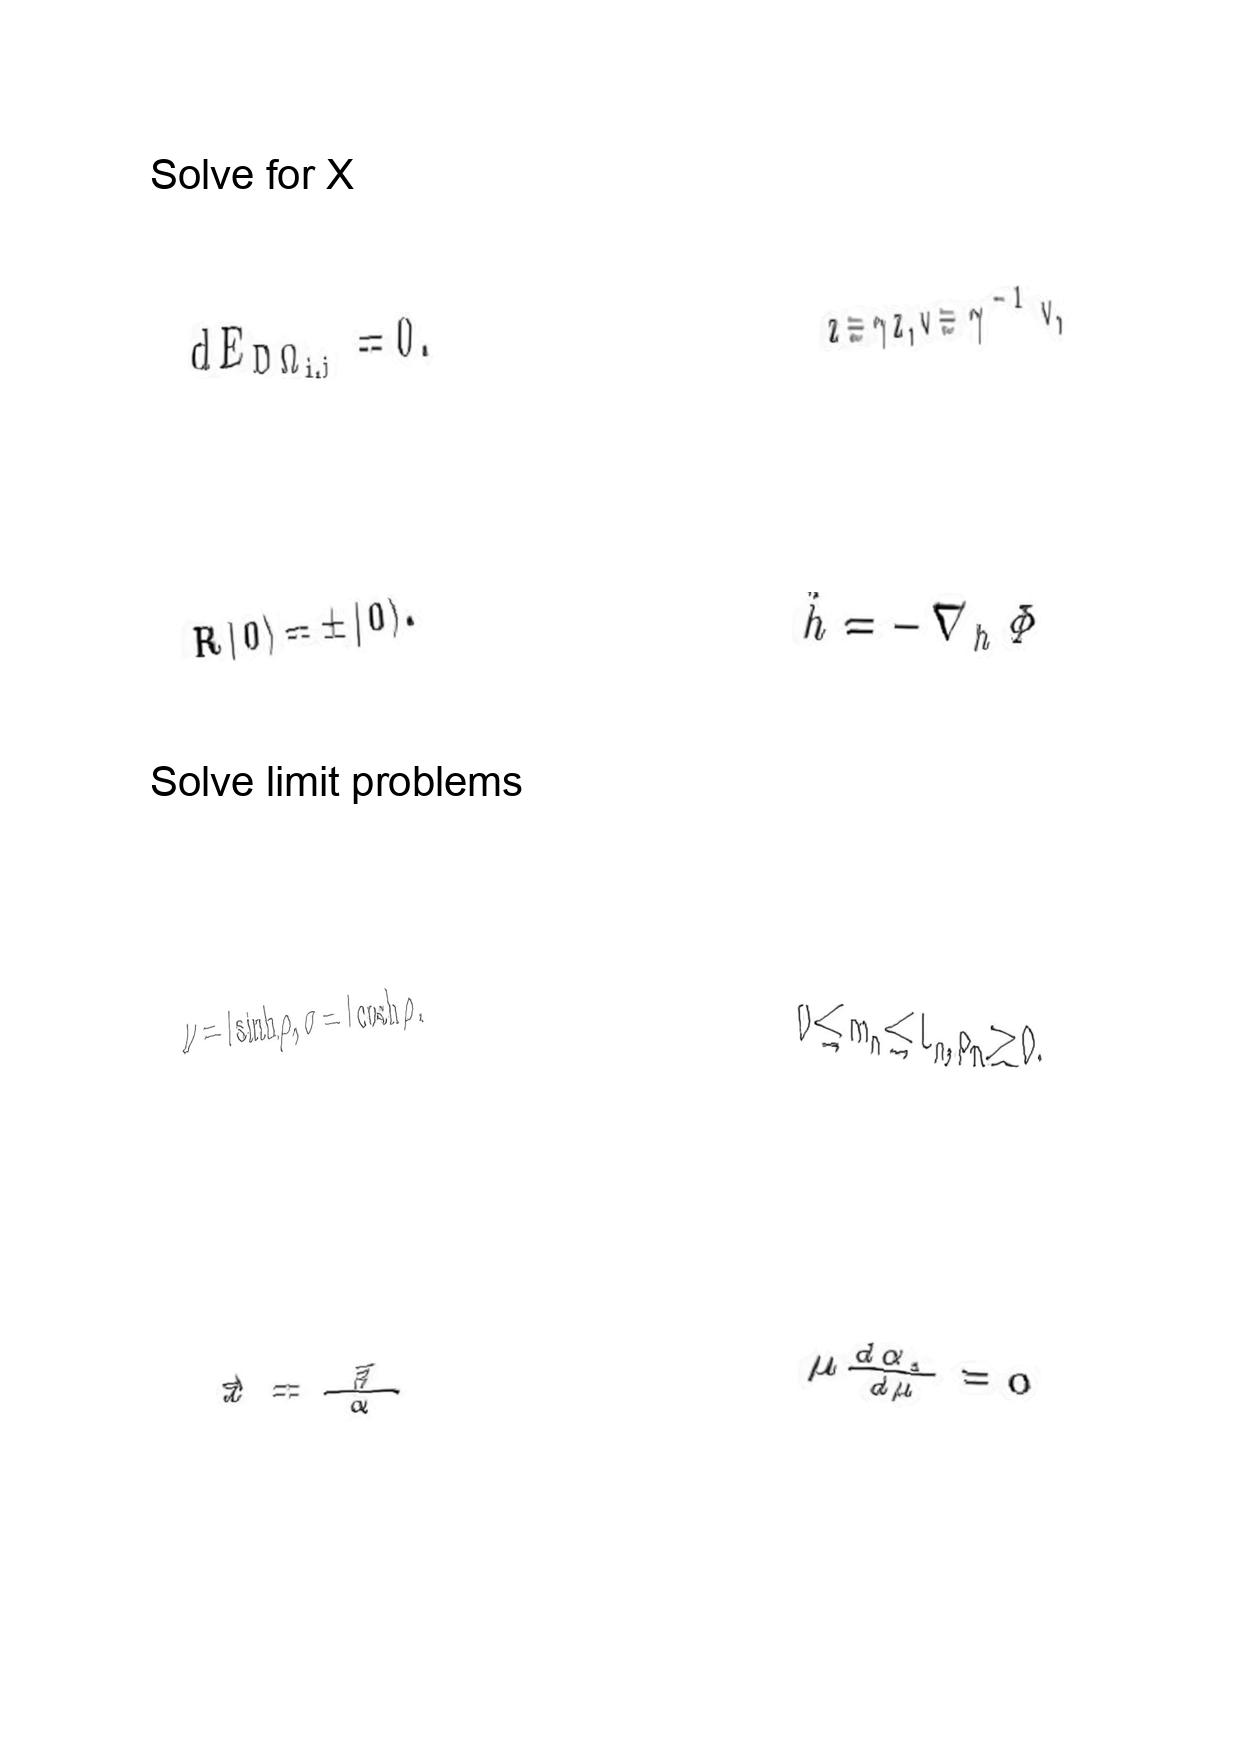
LaTeX transcription:
d E _ { D \Omega _ { i , j } } = 0 .
R \vert 0 \rangle = \pm \vert 0 \rangle .
\nu = l \sinh \rho , \sigma = l \cosh \rho .
\vec { x } = \frac { \vec { \beta } } { \alpha }
z \equiv \gamma z , v \equiv \gamma ^ { - 1 } v ,
\ddot { h } = - \nabla _ { h } \Phi
0 \le m _ { n } \le L _ { n } , p _ { n } \ge 0 .
\mu \frac { d \alpha _ { 1 } } { d \mu } = 0